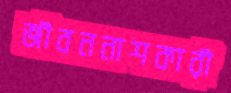
জীবননাশকারী